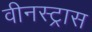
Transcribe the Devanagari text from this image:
वीनस्ट्रास